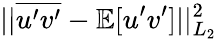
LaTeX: ||\overline{{u^{\prime}v^{\prime}}}-\mathbb{E}[u^{\prime}v^{\prime}]||_{L_{2}}^{2}